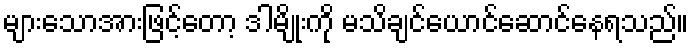
များသောအားဖြင့်တော့ ဒါမျိုးကို မသိချင်ယောင်ဆောင်နေရသည်။